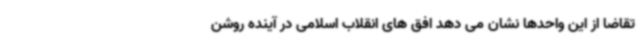
تقاضا از این واحدها نشان می دهد افق های انقلاب اسلامی در آینده روشن